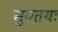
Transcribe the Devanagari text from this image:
सुयतयः